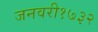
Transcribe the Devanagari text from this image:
जनवरी१७३२